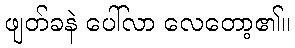
ဖျတ်ခနဲ ပေါ်လာ လေတော့၏။